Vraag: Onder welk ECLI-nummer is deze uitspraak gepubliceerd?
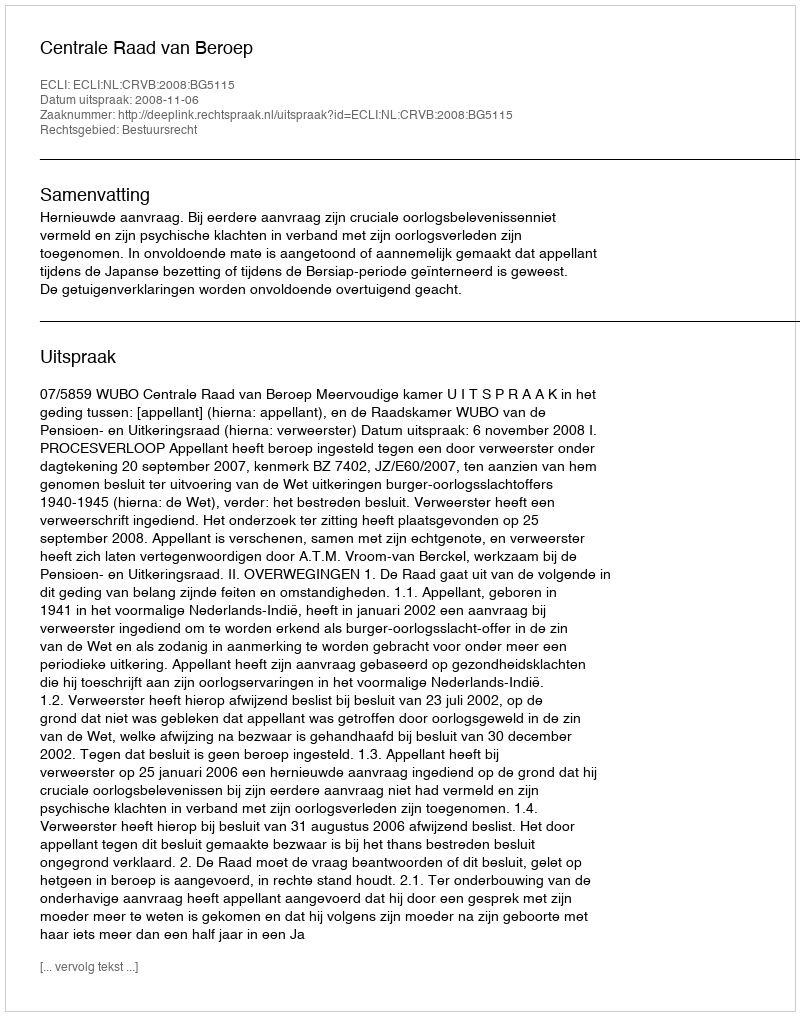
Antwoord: ECLI:NL:CRVB:2008:BG5115